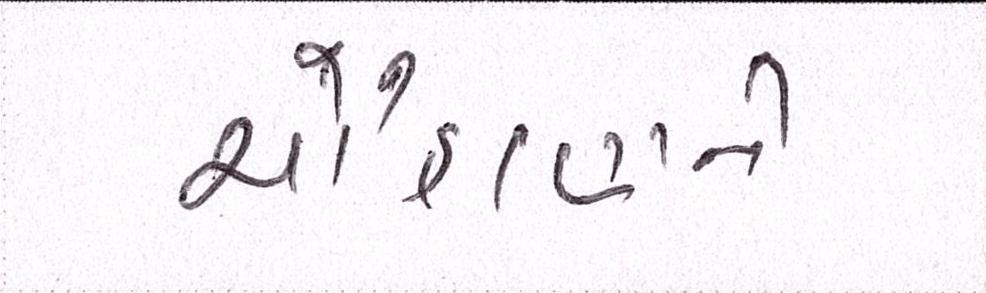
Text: ચૌહાણને